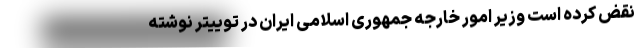
نقض کرده است وزیر امور خارجه جمهوری اسلامی ایران در توییتر نوشته